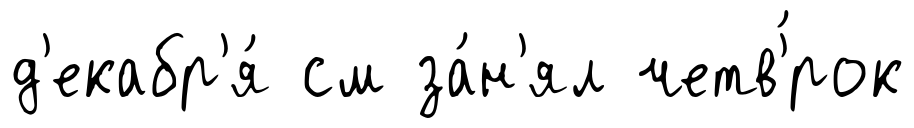
д'екабр'я́ см за́н'ял четв'́рок